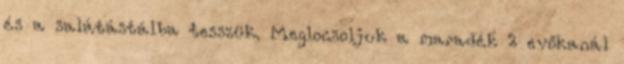
és a salátástálba tesszük. Meglocsoljuk a maradék 2 evőkanál